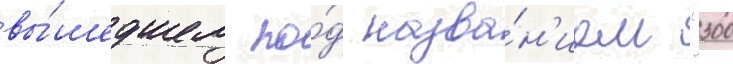
вы́шедшем по́д назва́н'ием "300